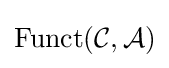
\operatorname {Funct} ({\mathcal {C}},{\mathcal {A}})